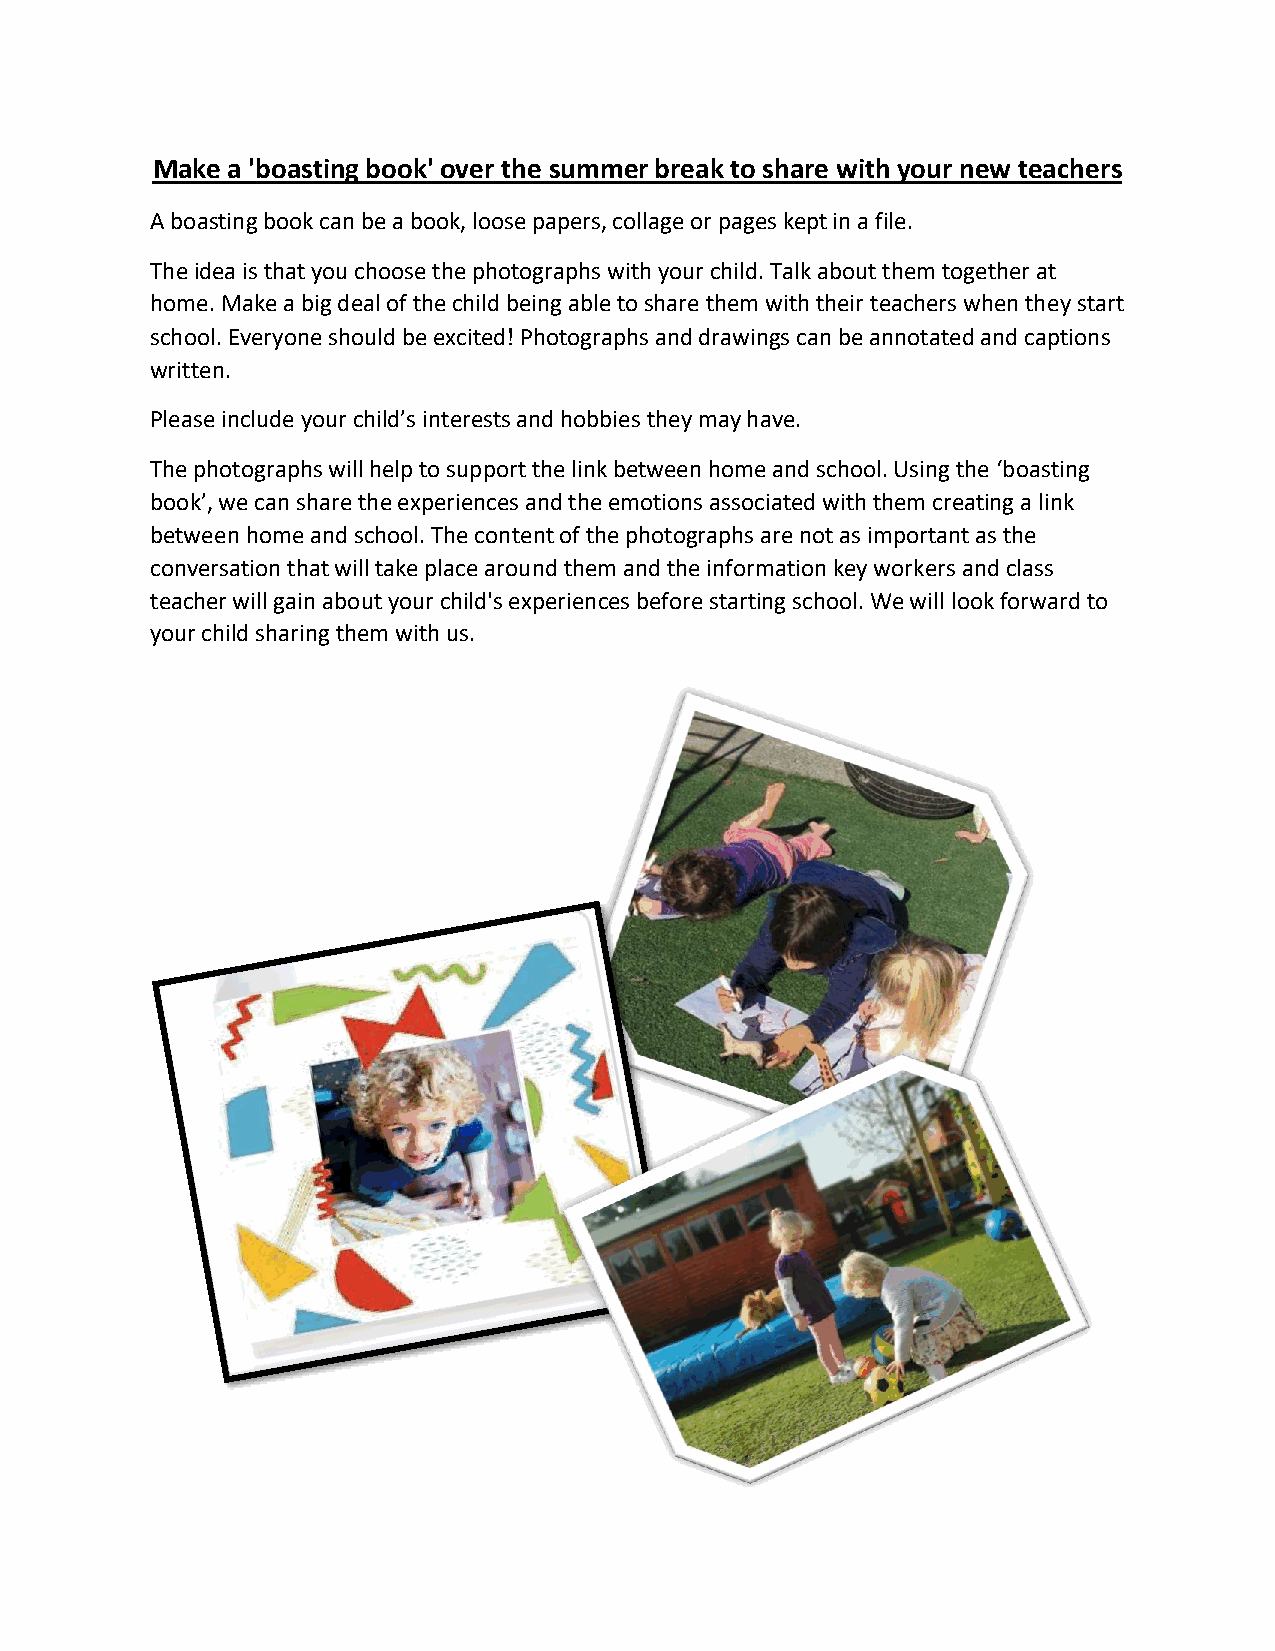
Make a 'boasting book' over the summer break to share with your new teachers
 A boasting book can be a book, loose papers, collage or pages kept in a file.
 The idea is that you choose the photographs with your child. Talk about them together at
 home. Make a big deal of the child being able to share them with their teachers when they start
 school. Everyone should be excited! Photographs and drawings can be annotated and captions
 written.
 Please include your child’s interests and hobbies they may have.
 The photographs will help to support the link between home and school. Using the ‘boasting
 book’, we can share the experiences and the emotions associated with them creating a link
 between home and school. The content of the photographs are not as important as the
 conversation that will take place around them and the information key workers and class
 teacher will gain about your child's experiences before starting school. We will look forward to
 your child sharing them with us.